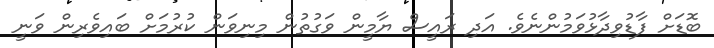
ބޮޑަށް ފާޑުވިދާޅުވަމުންނެވެ. އަދި ރައީސް ޔާމީން ވަގުތުން މިނިވަން ކުރުމަށް ބައިވެރިން ވަނީ